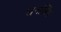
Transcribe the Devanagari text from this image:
धनसिंग